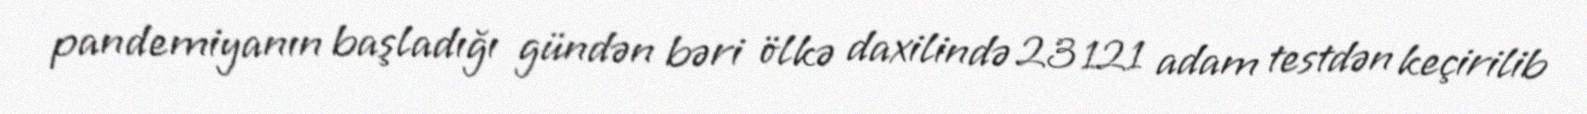
pandemiyanın başladığı gündən bəri ölkə daxilində 23 121 adam testdən keçirilib